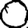
Digit: 0